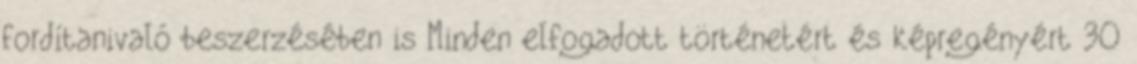
fordítanivaló beszerzésében is Minden elfogadott történetért és képregényért 30